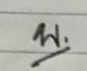
บ.